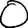
Digit: 0